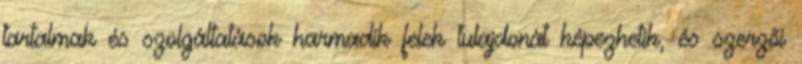
tartalmak és szolgáltatások harmadik felek tulajdonát képezhetik, és szerzői